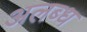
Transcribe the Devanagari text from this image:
अलब्ध